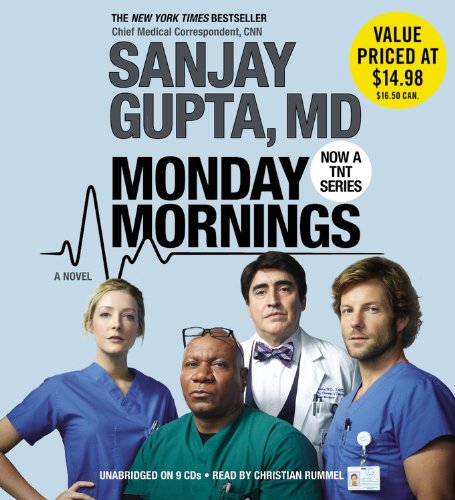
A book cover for Monday Mornings: A Novel; Sanjay Gupta; Literature & Fiction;